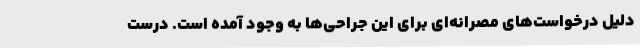
دلیل درخواست‌های مصرانه‌ای برای این جراحی‌ها به وجود آمده است. درست